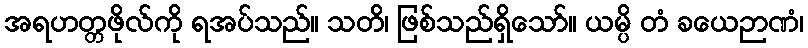
အရဟတ္တဖိုလ်ကို ရအပ်သည်။ သတိ၊ ဖြစ်သည်ရှိသော်။ ယမ္ပိ တံ ခယေဉာဏံ၊